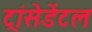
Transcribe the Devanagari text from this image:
ट्रांसेडेंटल